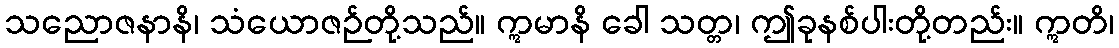
သညောဇနာနိ၊ သံယောဇဉ်တို့သည်။ ဣမာနိ ခေါ သတ္တ၊ ဤခုနစ်ပါးတို့တည်း။ ဣတိ၊